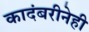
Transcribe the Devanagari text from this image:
कादंबरीनेही